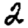
Digit: 2